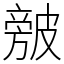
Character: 㿶